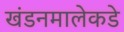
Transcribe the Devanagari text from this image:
खंडनमालेकडे